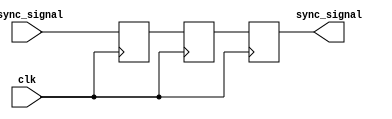
module dual_flop_synchronizer (
    input wire async_signal,  // Input signal from the asynchronous clock domain
    input wire clk,           // Clock signal of the destination clock domain
    output reg sync_signal     // Synchronized output signal
);

    // Internal signals for the two flip-flops
    reg Q1;  // Output of the first flip-flop
    reg Q2;  // Output of the second flip-flop

    // First flip-flop: samples the async_signal
    always @(posedge clk) begin
        Q1 <= async_signal;  // Sample async_signal on the rising edge of clk
    end

    // Second flip-flop: samples the output of the first flip-flop
    always @(posedge clk) begin
        Q2 <= Q1;  // Sample Q1 on the rising edge of clk
    end

    // Assign the synchronized output signal
    always @(posedge clk) begin
        sync_signal <= Q2;  // Final synchronized output
    end

endmodule